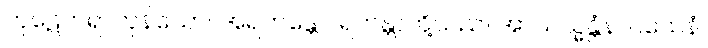
ကုဋေတရာကုန်သော။ အရဟန္တော၊ ရဟန္တာတို့သည်။ အာယသ္မန္တံနာဂသေနံ၊